Indian journal of veterinary science and animal husbandry - Volume 13,
Year: 1943
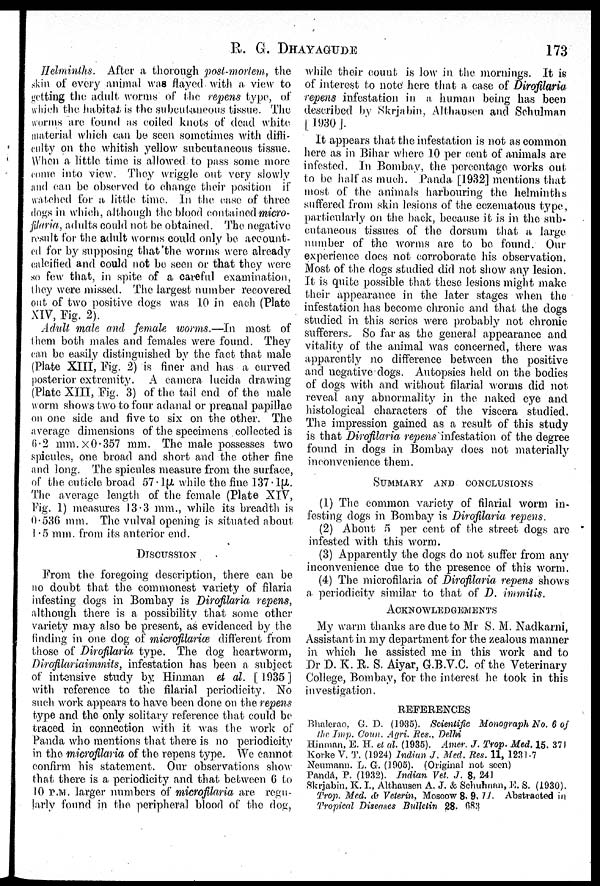
R. G. DHAYAGUDE 173
Helminths. After a thorough post-mortem, the
skin of every animal was flayed with a view to
getting the adult worms of the repens type, of
which the habitat is the subcutaneous tissue. The
worms are found as coiled knots of dead white
material which can be seen sometimes with diffi-
culty on the whitish yellow subcutaneous tissue.
When a little time is allowed to pass some more
come into view. They wriggle out very slowly
and can be observed to change their position if
watched for a little time. In the case of three
dogs in which, although the blood contained micro¬
filaria, adults could not be obtained. The negative
result for the adult worms could only be account-
ed for by supposing that the worms were already
calcified and could not be seen or that they were
so few that, in spite of a careful examination,
they were missed. The largest number recovered
out of two positive dogs was 1. 0 in each (Plate
XIV, Fig. 2).
Adult male and female worms.—In most of
them both males and females were found. They
can be easily distinguished by the fact that male
(Plate XIII, Fig. 2) is finer and has a curved
posterior extremity. A camera lucida drawing
(Plate XIII, Fig. 3) of the tail end of the male
worm shows two to four adanal or preanal papillae
on one side and five to six on the other. The
average dimensions of the specimens collected is
6.2 mm. × 0.357 mm. The male possesses two
spicules, one broad and short and the other fine
and long. The spicules measure from the surface,
of the cuticle broad 57.1µ while the fine 137.1µ.
The average length of the female (Plate XIV,
Fig. 1) measures 13.3 mm., while its breadth is
0.536 mm. The vulval opening is situated about
1.5 mm. from its anterior end.
DISCUSSION
From the foregoing description, there can be
no doubt that the commonest variety of filaria
infesting dogs in Bombay is Dirofilaria repens,
although there is a possibility that some other
variety may also be present, as evidenced by the
finding in one dog of microfilariœ different from
those of Dirofilaria type. The dog heartworm,
Dirofilariaimmits, infestation has been a subject
of intensive study by Hinman et al. [ 1935 ]
with reference to the filarial periodicity. No
such work appears to have been done on the repens
type and the only solitary reference that could be
traced in connection with it was the work of
Panda who mentions that there is no periodicity
in the microfilaria of the repens type. We cannot
confirm his statement. Our observations show
that there is a periodicity and that between 6 to
10 P.M. larger numbers of microfilaria are regu-
larly found in the peripheral blood of the dog,
while their count is low in the mornings. It is
of interest to note here that a case of Dirofilaria
repens infestation in a. human being has been
described by Skrjabin, Althausen and Schulman
[ 1930]
It appears that the infestation is not as common
here as in Bihar where 10 per cent of animals are
infested. In Bombay, the percentage works out
to be half as much. Panda [1932] mentions that
most of the animals harbouring the helminths
suffered from skin lesions of the cczematous type,
particularly on the back, because it is in the sub-
cutaneous tissues of the dorsum that a large
number of the worms are to be found. Our
experience does not corroborate his observation.
Most of the dogs studied did not show any lesion.
It is quite possible that these lesions might make
their appearance in the later stages when the
infestation has become chronic and that the dogs
studied in this series were probably not chronic
sufferers. So far as the general appearance and
vitality of the animal was concerned, there was
apparently no difference between the positive
and negative dogs. Autopsies held on the bodies
of dogs with and without filarial worms did not
reveal any abnormality in the naked eye and
histological characters of the viscera studied.
The impression gained as a result of this study
is that Dirofilaria repens infestation of the degree
found in dogs in Bombay does not materially
inconvenience them.
SUMMARY AND CONCLUSIONS
(1) The common variety of filarial worm in-
festing dogs in Bombay is Dirofilaria repens.
(2) About 5 per cent of the street dogs are
infested with this worm.
(3) Apparently the dogs do not suffer from any
inconvenience due to the presence of this worm.
(4) The microfilaria of Dirofilaria repens shows
a periodicity similar to that of D. immitis.
ACKNOWLEDGEMENTS
My warm thanks are due to Mr S. M. Nadkarni,
Assistant in my department for the zealous manner
in which he assisted me in this work and to
Dr D. K. R. S. Aiyar, G.B.V.C. of the Veterinary
College, Bombay, for the interest he took in this
investigation.
REFERENCES
Bhalerao, G. D. (1935). Scientific Monograph No. 6 of
the Imp. Coun. Agri. Res., Delhi
Hinman, E. H. et al. (1935). Amer. J. Trop. Med. 15, 371
Korke V. T. (1924) Indian J. Med. Res. 11, 1231-7
Neumann. L. G. (1905). (Original not seen)
Panda, P. (1932). Indian Vet. J. 8, 241
Skrjabin, K. I., Althausen A. J. & Schuhnan, E. S. (1930).
Trop. Med. & Veterin, Moscow 8, 9, 11. Abstracted in
Tropical Diseases Bulletin 28, 683